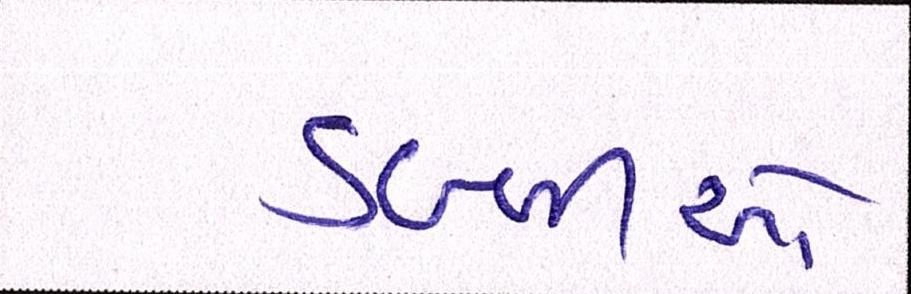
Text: ડબ્બીઓ